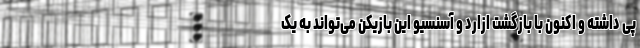
پی داشته و اکنون با بازگشت ازارد و آسنسیو این بازیکن می‌تواند به یک